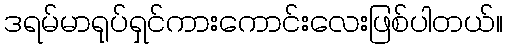
ဒရမ်မာရုပ်ရှင်ကားကောင်းလေးဖြစ်ပါတယ်။